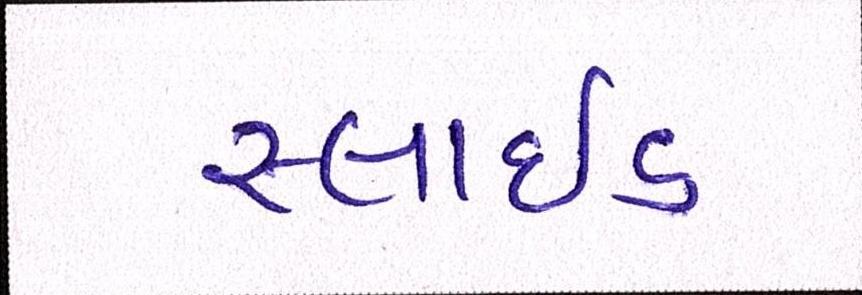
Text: સ્લાઇડ